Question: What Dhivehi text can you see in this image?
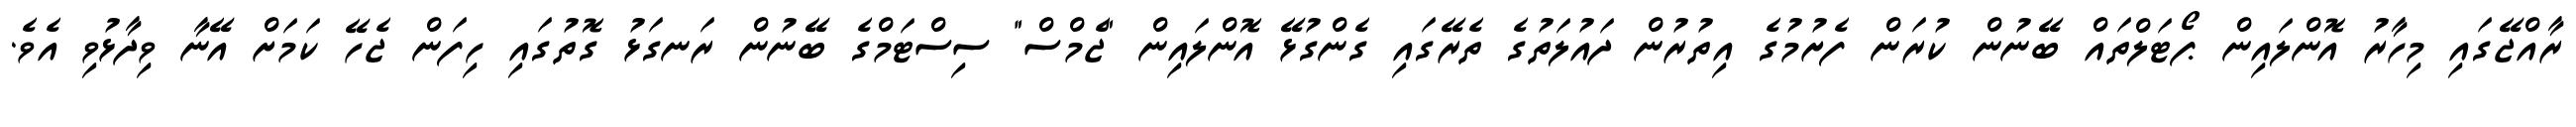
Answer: ރާއްޖޭގައި މިހާރު އޮންލައިން ޕޯޓަލްތައް ބޭނުން ކުރަން ފެށުމުގެ އިތުރުން ދައުލަތުގެ ތެރޭގައި ގެންގުޅޭ އޮންލައިން "ޖެމްސް" ސިސްޓަމްގެ ބޭނުން ރަނގަޅު ގޮތުގައި ހިފަން ޖެހޭ ކަމަށް އޭނާ ވިދާޅުވި އެވެ.